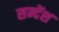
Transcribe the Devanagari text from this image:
सन्देंश